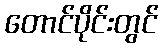
တောင်ပိုင်းတွင်